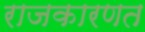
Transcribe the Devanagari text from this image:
राजकारणत